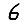
Digit: 6